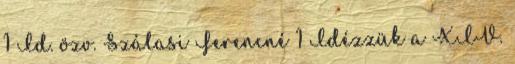
1 Id. özv. Szálasi Ferencné 1 Idézzük a XIV.